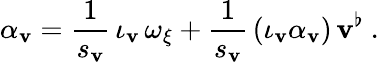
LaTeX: \alpha_{\mathbf{v}}=\frac{{1}}{{s_{\mathbf{v}}}}\, \iota_{\mathbf{v}}\, \omega_{\xi}+\frac{{1}}{{s_{\mathbf{v}}}}\, (\iota_{\mathbf{v}}\alpha_{\mathbf{v}})\, \mathbf{v}^{\flat}\ .